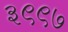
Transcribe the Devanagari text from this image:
३९९७